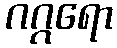
ဂဂ္ဂရော